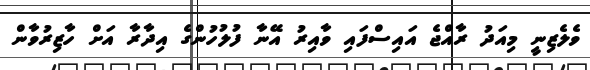
ވެލެޒިނީ މިއަދު ރާއްޖެ އައިސްފައި ވާއިރު އޭނާ ފުލުހުންގެ އިދާރާ އަށް ހާޒިރުވާން